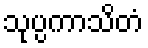
သုပ္ပကာသိတံ